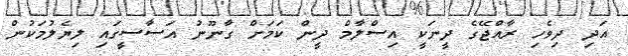
އަދި ދިވެހި ރާއްޖޭގެ ދީނަކީ އިސްލާމް ދީން ކަމަށް ގާނޫނު އަސާސީގައި ލިޔެލުމަކުން